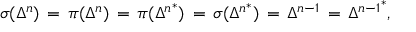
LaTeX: \sigma ( \Delta ^ { n } ) \, = \, \pi ( \Delta ^ { n } ) \, = \, \pi ( { \Delta ^ { n } } ^ { * } ) \, = \, \sigma ( { \Delta ^ { n } } ^ { * } ) \, = \, { \Delta } ^ { n - 1 } \, = \, { { \Delta } ^ { n - 1 } } ^ { * } ,